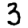
Digit: 3